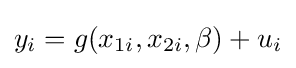
y_{i}=g(x_{1i},x_{2i},\beta )+u_{i}